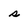
Character: s